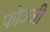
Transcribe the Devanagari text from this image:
फोज्ज़ी